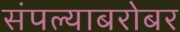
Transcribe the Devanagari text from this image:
संपल्याबरोबर